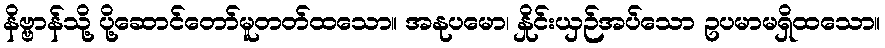
နိဗ္ဗာန်သို့ ပို့ဆောင်တော်မူတတ်ထသော။ အနုပမော၊ နှိုင်းယှဉ်အပ်သော ဥပမာမရှိထသော။